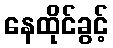
နေထိုင်ခွင့်